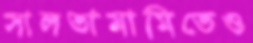
সালতামামিতেও